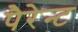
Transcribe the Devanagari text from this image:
पैरेन्ट